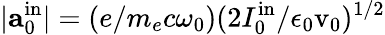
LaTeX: |\textbf{a}_{0}^{\mathrm{in}}|=(e/m_{e}c\omega_{0})(2I_{0}^{\mathrm{in}}/\epsilon_{0}\mathrm{v_{0}})^{1/2}